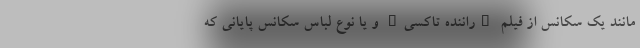
مانند یک سکانس از فیلم "راننده تاکسی" و یا نوع لباس سکانس پایانی که